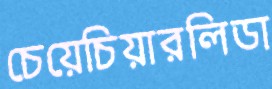
চেয়েচিয়ারলিডা